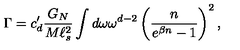
\Gamma = c _ { d } ^ { \prime } \frac { G _ { N } } { M \ell _ { s } ^ { 2 } } \int d \omega \omega ^ { d - 2 } \left( \frac { n } { e ^ { \beta n } - 1 } \right) ^ { 2 } ,